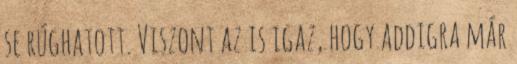
se rúghatott. Viszont az is igaz, hogy addigra már